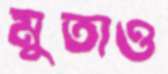
মুতাও